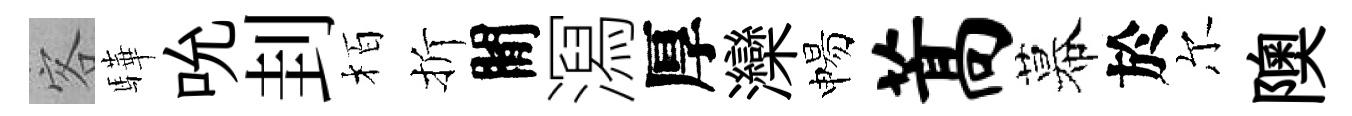
客驊吮刲栢折閒㵼厚灤惕蒿幕於尔隩